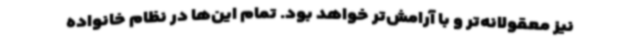
نیز معقولانه‌تر و با آرامش‌تر خواهد بود. تمام این‌ها در نظام خانواده